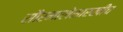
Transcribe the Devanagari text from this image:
सौरमालेसारखीच